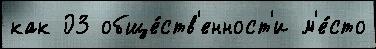
как 03 обще́ств'енност'и м'е́сто